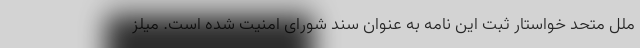
ملل متحد خواستار ثبت این نامه به عنوان سند شورای امنیت شده است. میلز